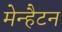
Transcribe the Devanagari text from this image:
मेन्हैटन